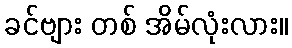
ခင်ဗျား တစ် အိမ်လုံးလား။